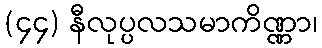
(၄၄) နီလုပ္ပလသမာကိဏ္ဏာ၊